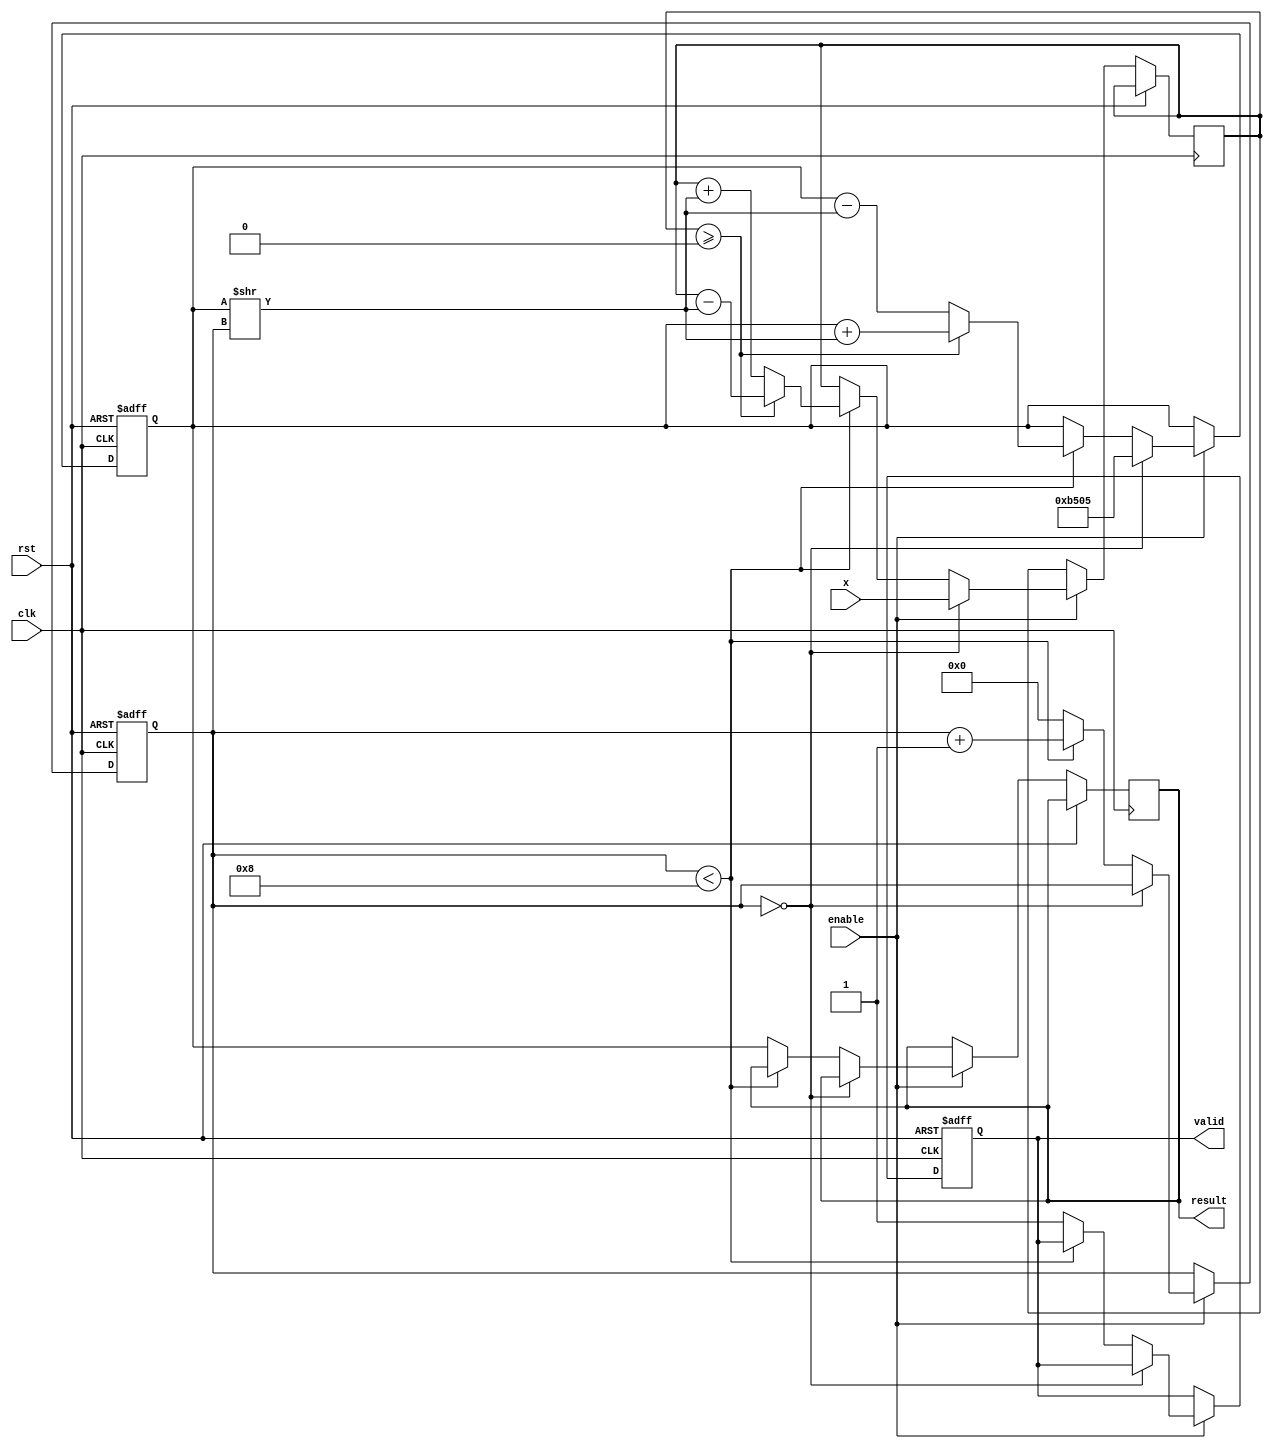
module cordic_reciprocal #(
    parameter INPUT_WIDTH = 16,   // Width of input x
    parameter OUTPUT_WIDTH = 16,  // Width of output 1/x
    parameter ITERATIONS = 8       // Number of iterations for CORDIC
)(
    input clk,
    input rst,
    input enable,
    input [INPUT_WIDTH-1:0] x,    // Input value x
    output reg [OUTPUT_WIDTH-1:0] result, // Output reciprocal 1/x
    output reg valid                // Output valid flag
);

    // Internal signals
    reg [OUTPUT_WIDTH-1:0] z;           // Current approximation of 1/x
    reg [INPUT_WIDTH-1:0] x_shifted;    // Shifted input value
    reg [3:0] iteration_count;           // Iteration counter
    reg [OUTPUT_WIDTH-1:0] scaling_factor; // Scaling factor (for normalization)
    
    // CORDIC constants for angles
    reg [INPUT_WIDTH-1:0] angle[0:ITERATIONS-1];
    
    initial begin
        // Initialize angles (arctan(2^-i) for i = 0 to ITERATIONS-1)
        angle[0] = 16'h0000; // atan(1) = 0
        angle[1] = 16'h1C71; // atan(0.5) (approx)
        angle[2] = 16'h0D9E; // atan(0.25) (approx)
        angle[3] = 16'h05A8; // atan(0.125) (approx)
        angle[4] = 16'h0285; // atan(0.0625) (approx)
        angle[5] = 16'h0142; // atan(0.03125) (approx)
        angle[6] = 16'h00A1; // atan(0.015625) (approx)
        angle[7] = 16'h0050; // atan(0.0078125) (approx)
        
        // Initialize scaling factor (1/sqrt(2) for each iteration)
        scaling_factor = 16'hB505; // Fixed-point representation of 1/sqrt(2)
    end
    
    // State machine for control
    always @(posedge clk or posedge rst) begin
        if (rst) begin
            z <= 0;
            valid <= 0;
            iteration_count <= 0;
        end
        else if (enable) begin
            if (iteration_count == 0) begin
                // Initialize z with a scaled version of x
                x_shifted <= x;
                z <= scaling_factor; // Initial z value
            end
            else begin
                // CORDIC iterations
                if (iteration_count < ITERATIONS) begin
                    if (x_shifted >= 0) begin
                        z <= z + (z >> iteration_count); // Add
                        x_shifted <= x_shifted - (z >> iteration_count); // Subtract
                    end
                    else begin
                        z <= z - (z >> iteration_count); // Subtract
                        x_shifted <= x_shifted + (z >> iteration_count); // Add
                    end
                    iteration_count <= iteration_count + 1;
                end
                else begin
                    // Final output after iterations
                    result <= z;
                    valid <= 1; // Signal valid output
                    iteration_count <= 0; // Reset for next operation
                end
            end
        end
    end
endmodule